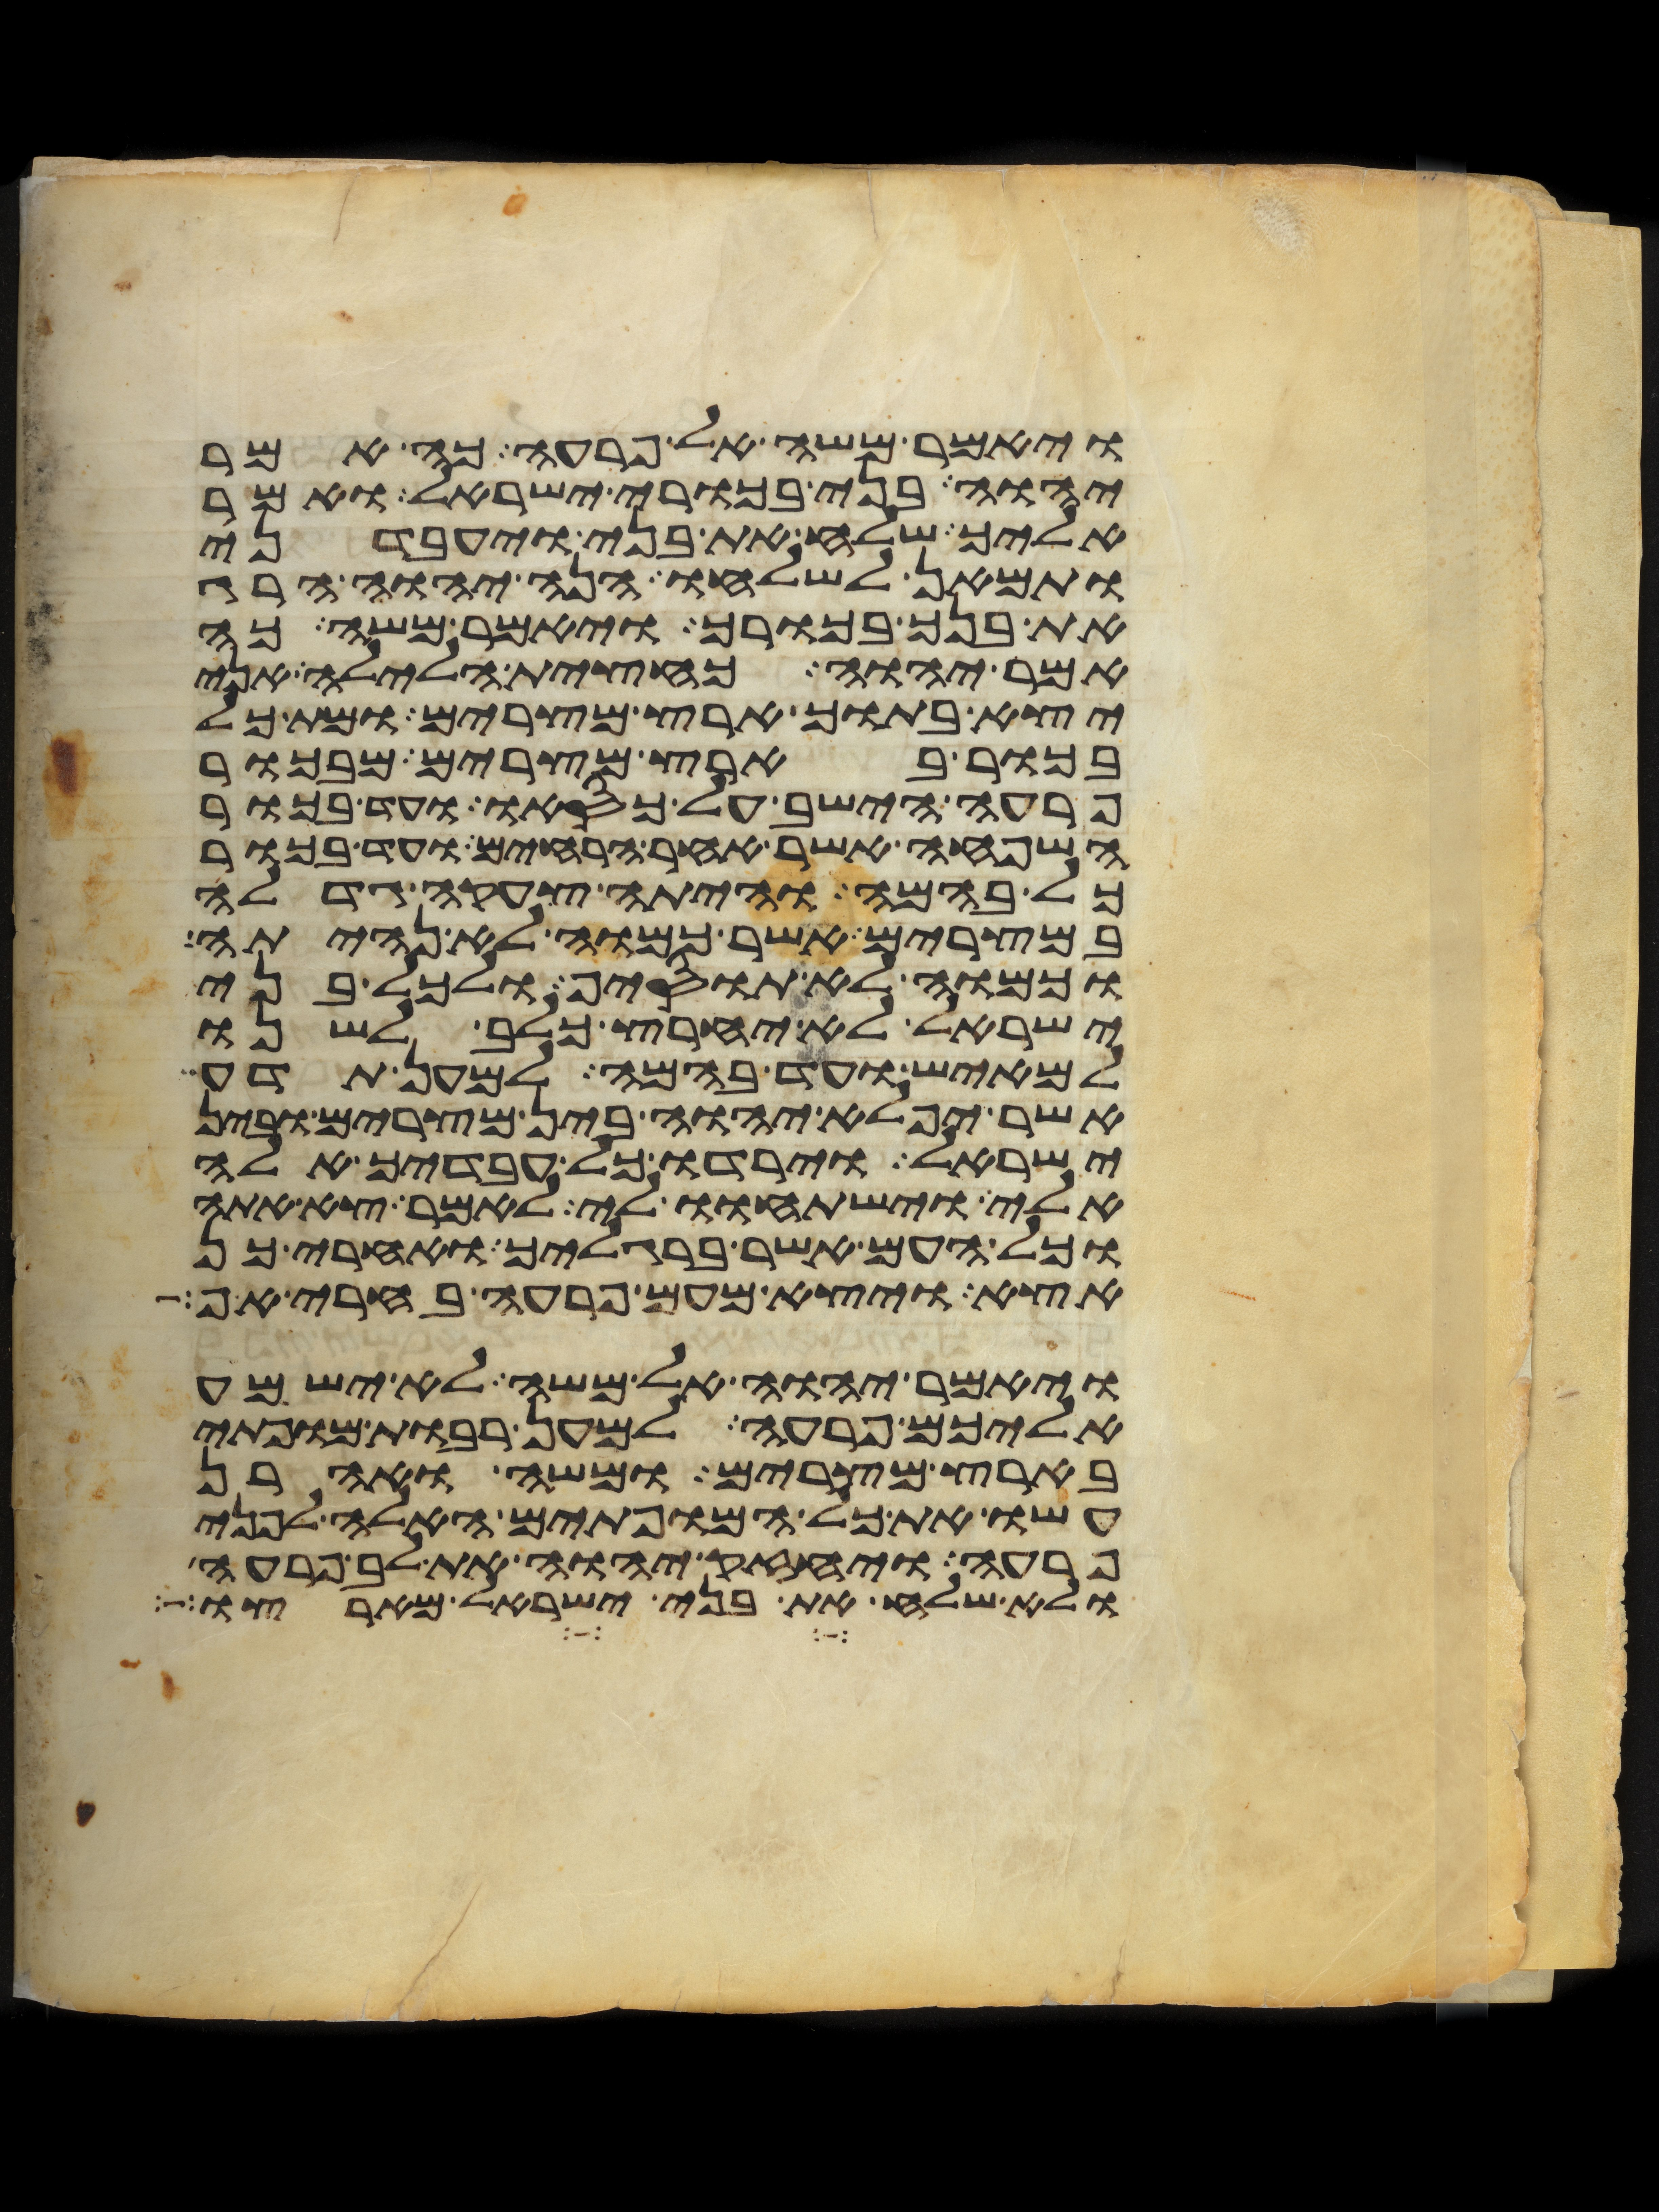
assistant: ויאמר משה אל פרעה כה אמר
יהוה בני בכורי ישראל ואמר
אליך שלח את בני ויעבדני
ותמאן לשלחו הנה יהוה הרג
את בנך בכורך ויאמר משה כה
אמר יהוה כחצית הלילה אני
יצא בתוך ארץ מצרים ומת כל
בכור בארץ מצרים מבכור
פרעה הישב על כסאו ועד בכור
השפחה אשר אחר הרחים ועד בכור
כל בהמה והיתה צעקה גדלה
במצרים אשר כמוה לא נהיתה
וכמוה לא תוסיף ולכל בני
ישראל לא יחרץ כלב לשנו
למאיש ועד בהמה למען תדע
אשר יפלא יהוה בין מצרים ובין
ישראל וירדו כל עבדיך אלה
אלי וישתחוו לי לאמר צא אתה
וכל העם אשר ברגליך ואחרי כן
אצא ויצא מעם פרעה בחרי אף
ויאמר יהוה אל משה לא ישמע
אליכם פרעה למען רבות מופתי
בארץ מצרים ומשה ואהרן
עשו את כל המופתים האלה לפני
פרעה ויחזק יהוה את לב פרעה
ולא שלח את בני ישראל מארצו